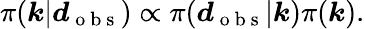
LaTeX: \pi(\boldsymbol{k}|\boldsymbol{d}_{\mathrm{~o~b~s~}})\propto\pi(\boldsymbol{d}_{\mathrm{~o~b~s~}}|\boldsymbol{k})\pi(\boldsymbol{k}).